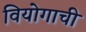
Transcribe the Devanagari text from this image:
वियोगाची